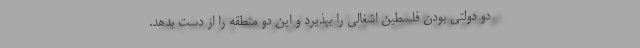
دو دولتی بودن فلسطین اشغالی را بپذیرد و این دو منطقه را از دست بدهد.